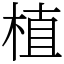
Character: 植